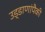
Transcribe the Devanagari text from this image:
उड्डाणांपैकी